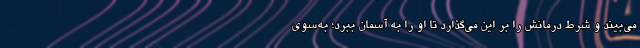
می‌بیند و شرط درمانش را بر این می‌گذارد تا او را به آسمان ببرد؛ به‌سوی